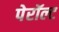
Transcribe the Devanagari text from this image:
पेरॉल्ट